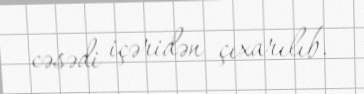
cəsədi içəridən çıxarılıb.